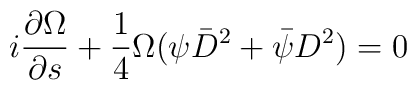
i\frac{\partial\Omega}{\partial{s}} + \frac{1}{4}                \Omega(\psi\bar{D}^2 + \bar{\psi}D^2) = 0